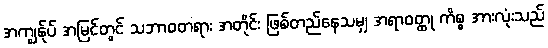
အကျွန်ုပ် အမြင်တွင် သဘာဝတရား အတိုင်း ဖြစ်တည်နေသမျှ အရာဝတ္ထု ကိစ္စ အားလုံးသည်